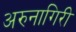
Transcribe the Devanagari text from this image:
अरुनागिरी